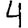
Digit: 4